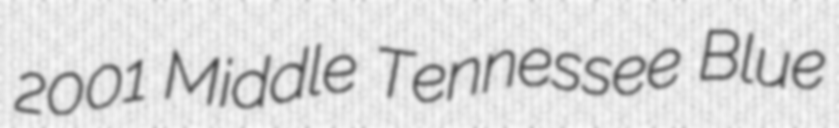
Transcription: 2001 Middle Tennessee Blue